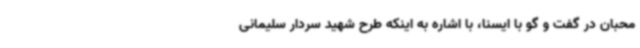
محبان در گفت و گو با ایسنا، با اشاره به اینکه طرح شهید سردار سلیمانی